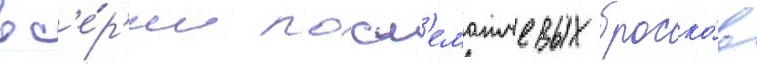
в с'е́р'ии посл'ематчевых броско́в